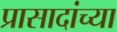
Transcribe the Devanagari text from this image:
प्रासादांच्या